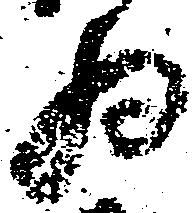
為